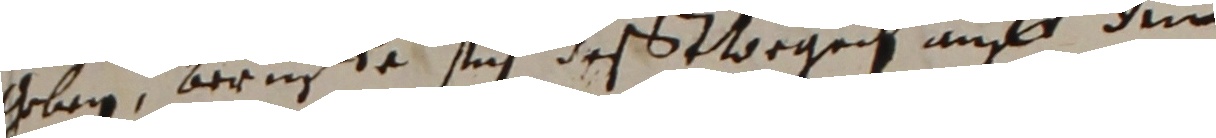
gben, berüfee sich desstorgen auff dum